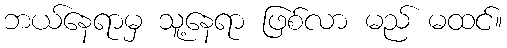
ဘယ်နေရာမှ သူ့နေရာ ဖြစ်လာ မည် မထင်။